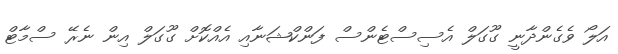
އަލޯ ވެގެންދާނީ ގޫގަލް އެސިސްޓެންސް ފަންކްޝަނާއި އެއްކޮށް ގޫގަލް އިން ނެރޭ ސްމާޓް